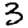
Digit: 3